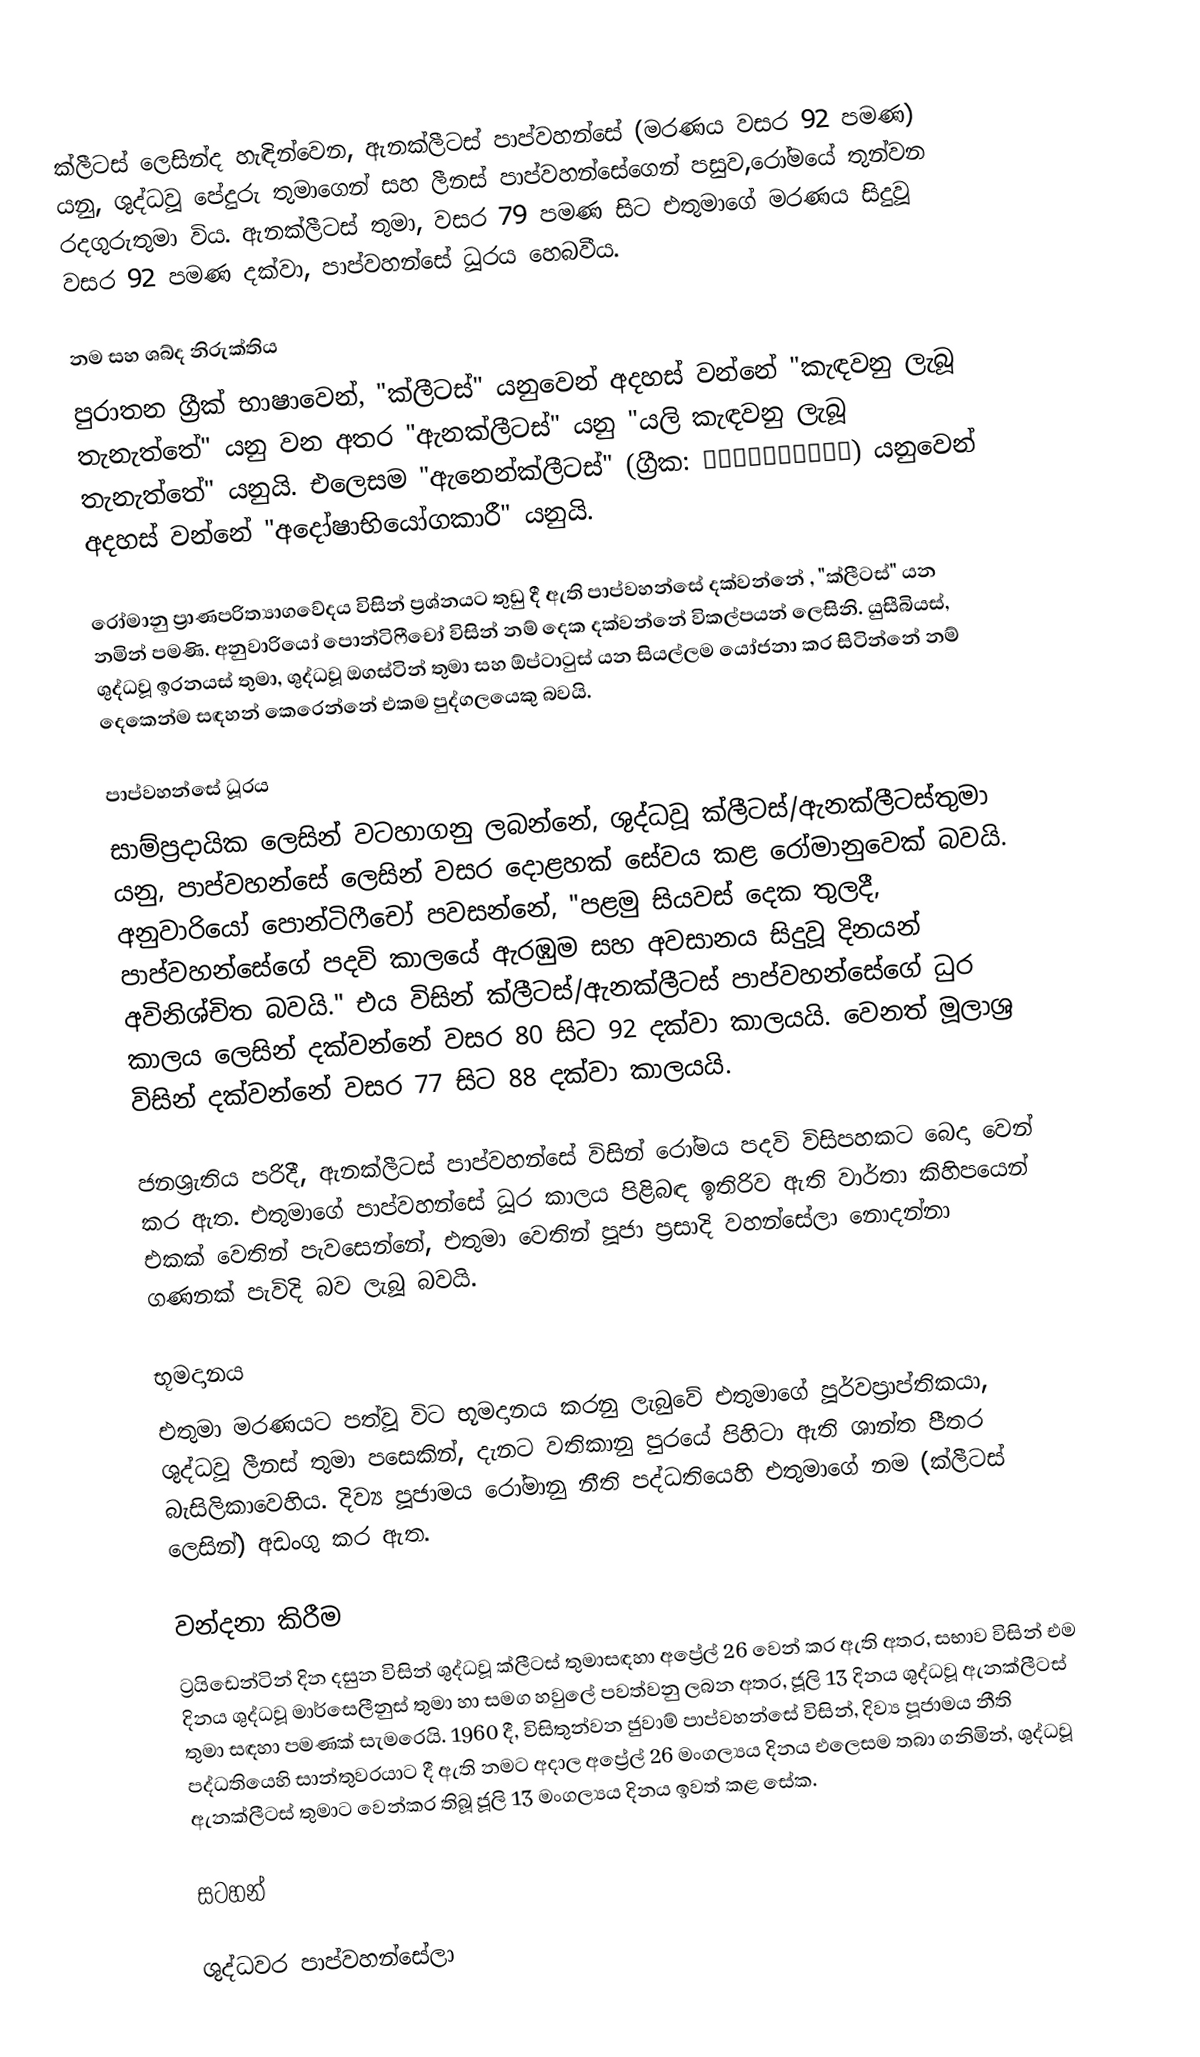
ක්ලීටස් ලෙසින්ද හැඳින්වෙන, ඇනක්ලීටස් පාප්වහන්සේ (මරණය වසර 92 පමණ) යනු, ශුද්ධවූ පේදුරු තුමාගෙන් සහ ලීනස් පාප්වහන්සේගෙන් පසුව,රෝමයේ තුන්වන රදගුරුතුමා විය. ඇනක්ලීටස් තුමා, වසර 79 පමණ සිට එතුමාගේ මරණය සිදුවූ වසර 92 පමණ දක්වා, පාප්වහන්සේ ධූරය හෙබවීය.

නම සහ ශබ්ද නිරුක්තිය
පුරාතන ග්‍රීක් භාෂාවෙන්, "ක්ලීටස්" යනුවෙන් අදහස් වන්නේ    "කැඳවනු ලැබූ තැනැත්තේ" යනු වන අතර "ඇනක්ලීටස්" යනු  "යලි කැඳවනු ලැබූ තැනැත්තේ" යනුයි. එලෙසම  "ඇනෙන්ක්ලීටස්" (ග්‍රීක: Ανέγκλητος) යනුවෙන් අදහස් වන්නේ  "අදෝෂාභියෝගකාරී" යනුයි.

රෝමානු ප්‍රාණපරිත්‍යාගවේදය විසින් ප්‍රශ්නයට තුඩු දී ඇති පාප්වහන්සේ දක්වන්නේ , "ක්ලීටස්"  යන නමින් පමණි. අනුවාරියෝ පොන්ටිෆීචෝ විසින් නම් දෙක දක්වන්නේ විකල්පයන් ලෙසිනි. යුසීබියස්, ශුද්ධවූ ඉරනයස් තුමා, ශුද්ධවූ ඔගස්ටින් තුමා සහ  ඕප්ටාටුස් යන සියල්ලම යෝජනා කර සිටින්නේ නම් දෙකෙන්ම සඳහන් කෙරෙන්නේ එකම පුද්ගලයෙකු බවයි.

පාප්වහන්සේ ධූරය
සාම්ප්‍රදායික ලෙසින් වටහාගනු ලබන්නේ, ශුද්ධවූ ක්ලීටස්/ඇනක්ලීටස්තුමා යනු, පාප්වහන්සේ ලෙසින් වසර දොළහක්  සේවය කළ රෝමානුවෙක් බවයි. අනුවාරියෝ පොන්ටිෆීචෝ පවසන්නේ, "පළමු සියවස් දෙක තුලදී,  පාප්වහන්සේගේ පදවි කාලයේ ඇරඹුම සහ අවසානය සිදුවූ දිනයන් අවිනිශ්චිත බවයි."  එය විසින් ක්ලීටස්/ඇනක්ලීටස් පාප්වහන්සේගේ ධුර කාලය ලෙසින් දක්වන්නේ වසර 80 සිට 92 දක්වා කාලයයි. වෙනත් මූලාශ්‍ර විසින් දක්වන්නේ වසර 77 සිට 88 දක්වා කාලයයි.

ජනශ්‍රැතිය පරිදී, ඇනක්ලීටස් පාප්වහන්සේ විසින් රෝමය  පදවි විසිපහකට බෙදා වෙන් කර ඇත. එතුමාගේ පාප්වහන්සේ ධූර කාලය පිළිබඳ ඉතිරිව ඇති වාර්තා කිහිපයෙන් එකක් වෙතින් පැවසෙන්නේ, එතුමා වෙතින්  පූජා ප්‍රසාදි වහන්සේලා නොදන්නා ගණනක් පැවිදි බව ලැබූ බවයි.

භූමදානය
එතුමා මරණයට පත්වූ විට භූමදානය කරනු ලැබුවේ එතුමාගේ පූර්වප්‍රාප්තිකයා, ශුද්ධවූ ලීනස් තුමා පසෙකින්, දැනට  වතිකානු පුරයේ  පිහිටා ඇති ශාන්ත පීතර බැසිලිකාවෙහිය.  දිව්‍ය පූජාමය රෝමානු නීති පද්ධතියෙහි එතුමාගේ නම (ක්ලීටස් ලෙසින්) අඩංගු කර ඇත.

වන්දනා කිරීම
ට්‍රයිඩෙන්ටින් දින දසුන විසින් ශුද්ධවූ ක්ලීටස් තුමාසඳහා අප්‍රේල් 26 වෙන් කර ඇති අතර, සභාව විසින් එම දිනය  ශුද්ධවූ  මාර්සෙලීනුස් තුමා හා සමග හවුලේ පවත්වනු ලබන අතර, ජූලි 13 දිනය ශුද්ධවූ ඇනක්ලීටස් තුමා සඳහා පමණක් සැමරෙයි. 1960 දී, විසිතුන්වන ජුවාම් පාප්වහන්සේ විසින්, දිව්‍ය පූජාමය නීති පද්ධතියෙහි සාන්තුවරයාට දී ඇති නමට අදාල අප්‍රේල් 26 මංගල්‍යය දිනය එලෙසම තබා ගනිමින්, ශුද්ධවූ ඇනක්ලීටස් තුමාට වෙන්කර තිබූ ජූලි 13 මංගල්‍යය දිනය ඉවත් කළ සේක.

සටහන්

ශුද්ධවර පාප්වහන්සේලා